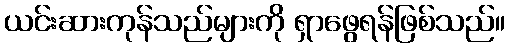
ယင်းဆားကုန်သည်များကို ရှာဖွေရန်ဖြစ်သည်။